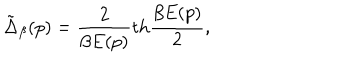
LaTeX: \tilde { \Delta } _ { \beta } ( p ) = { \frac { 2 } { \beta E ( p ) } } \mathrm { t h } { \frac { \beta E ( p ) } { 2 } } ,